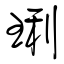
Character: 琍